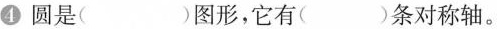
④圆是()图形，它有()条对称轴。